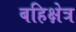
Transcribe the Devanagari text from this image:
बहिक्षेत्र